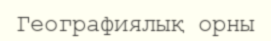
Географиялық орны